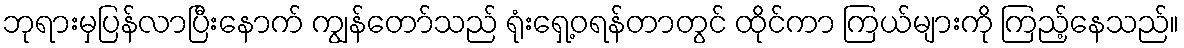
ဘုရားမှပြန်လာပြီးနောက် ကျွန်တော်သည် ရုံးရှေ့ဝရန်တာတွင် ထိုင်ကာ ကြယ်များကို ကြည့်နေသည်။